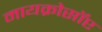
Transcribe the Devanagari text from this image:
मायक्रोसॉप्ट